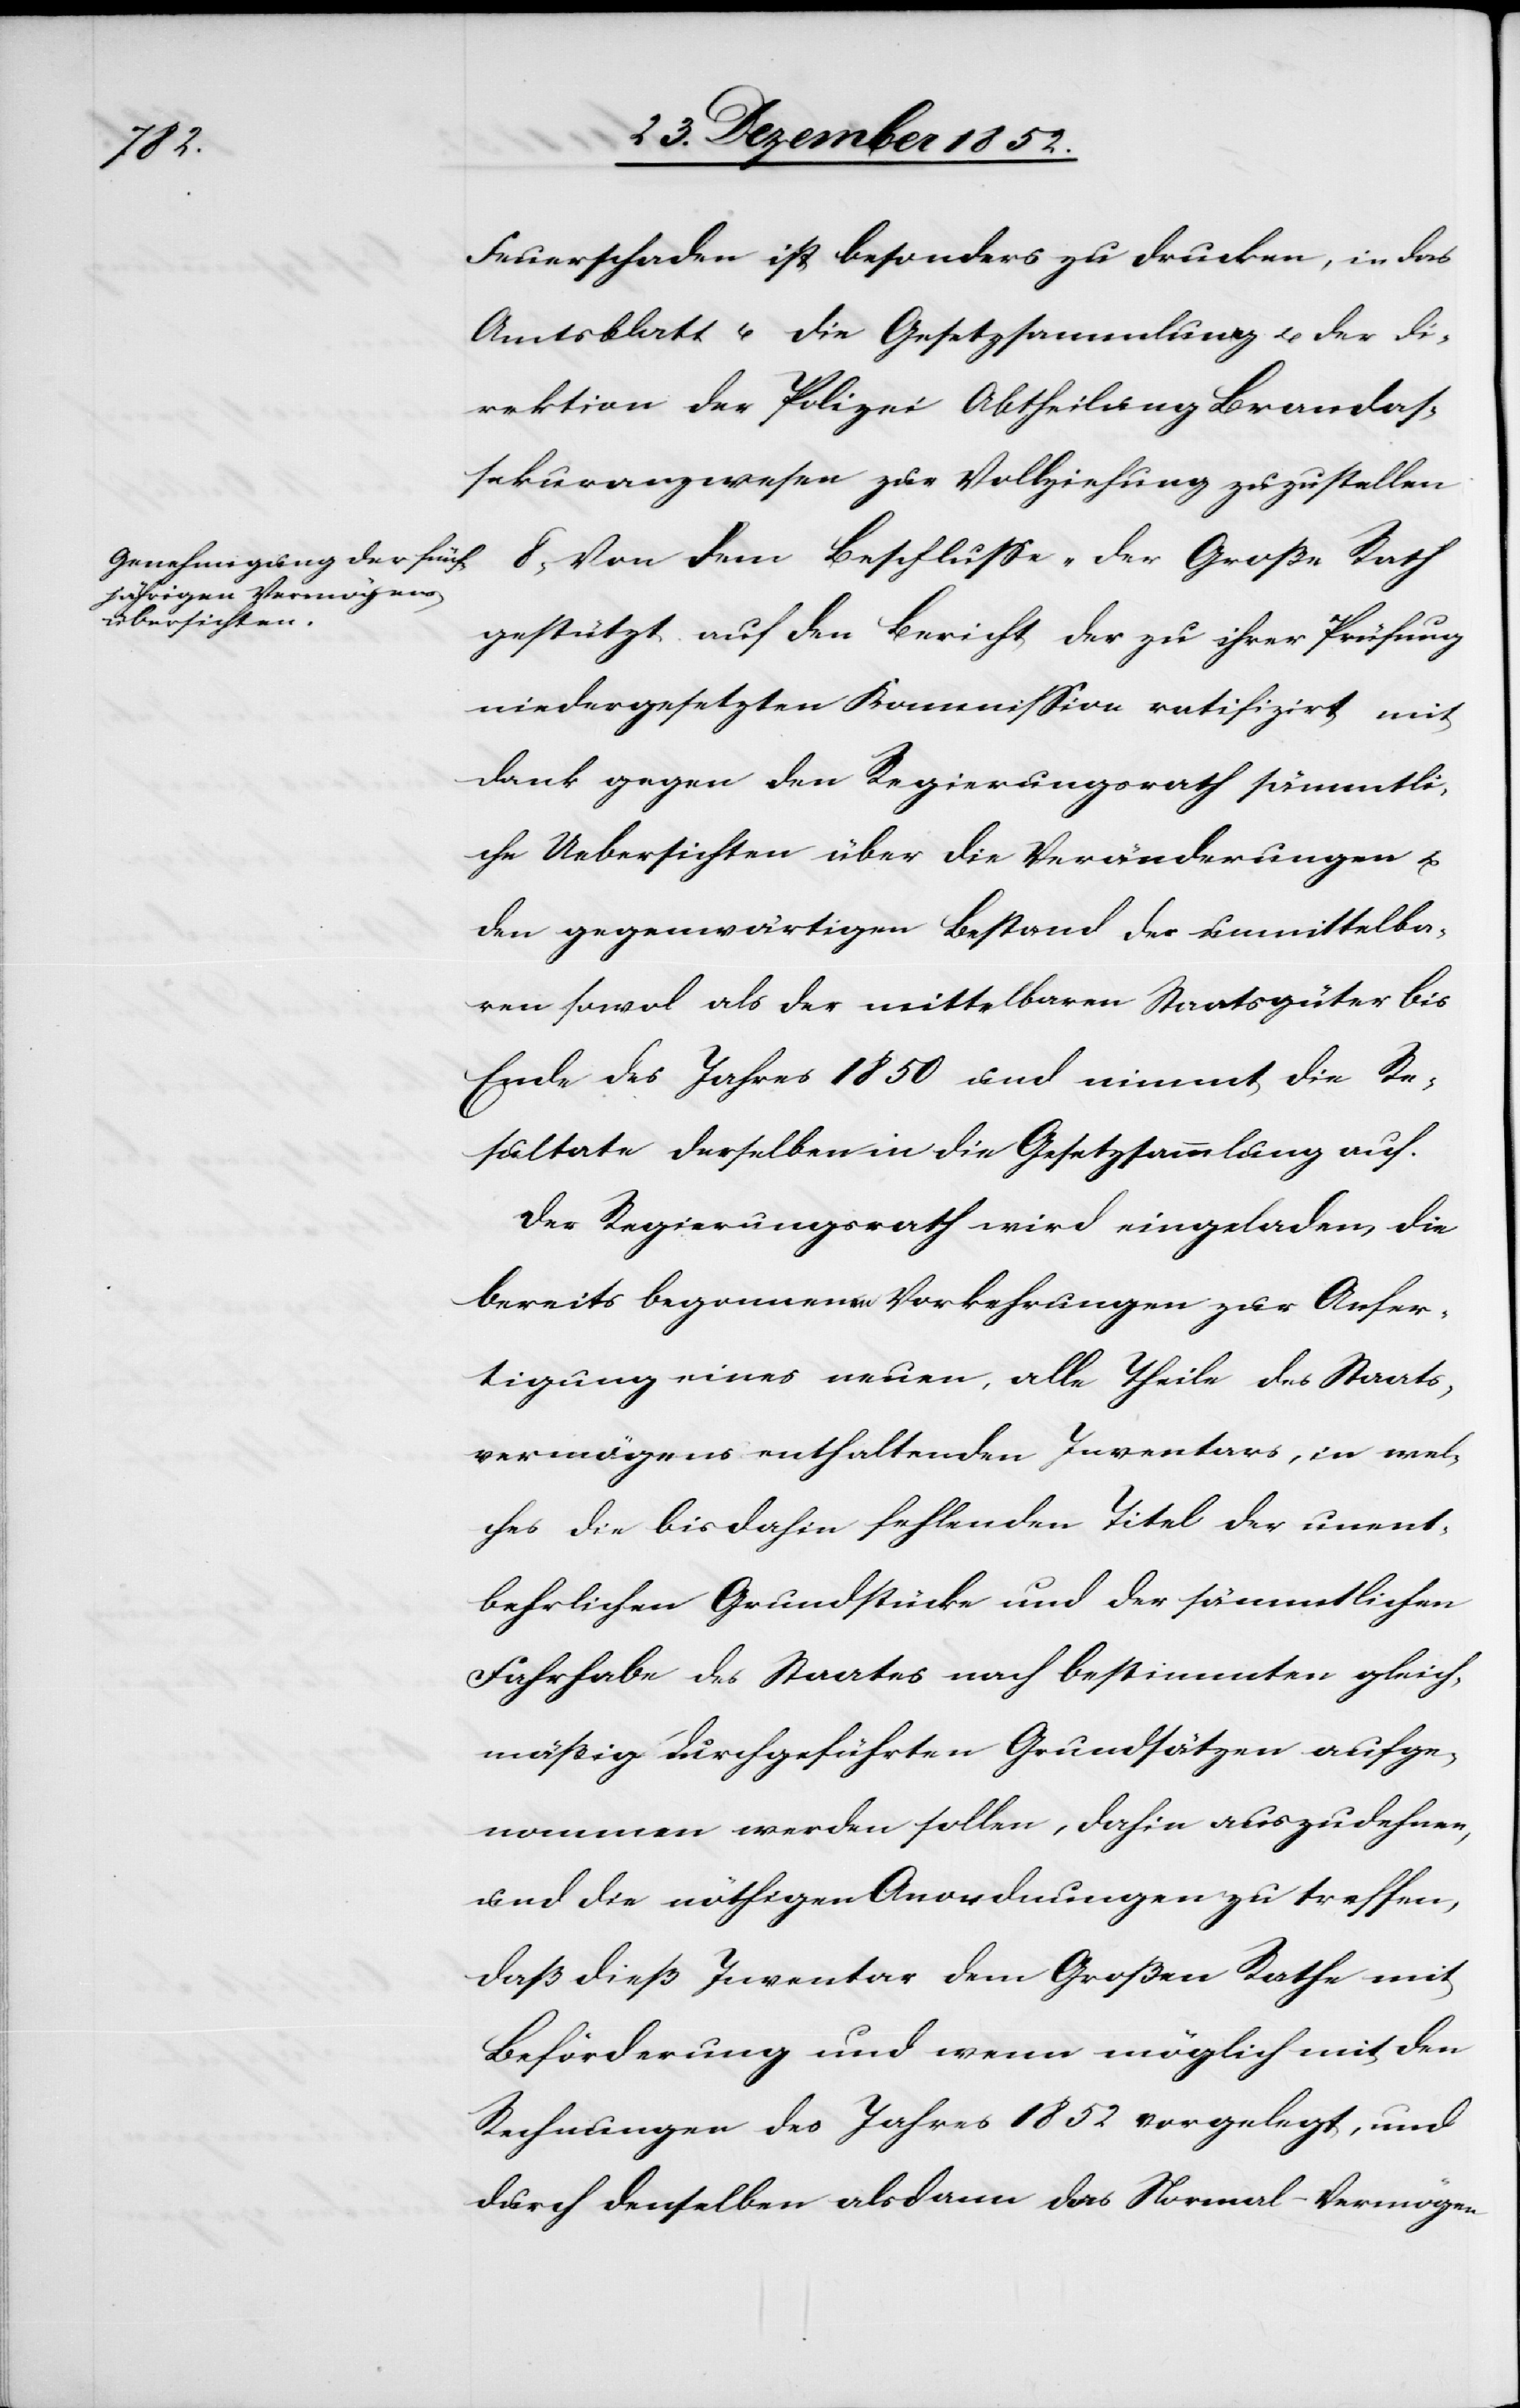
Feuerschaden ist besonders zu drucken, in das
Amtsblatt u. die Gesetzsammlung [aufzunehmen] u.
Direktion der Polizei Abtheilung Brandas¬
sekuranzwesen zur Vollziehung zuzustellen.
8, Von dem Beschlusse „Der Große Rath
gestützt auf den Bericht der zu ihrer Prüfung
niedergesetzten Kommission ratifizirt mit
Dank gegen den Regierungsrath sämmtli¬
che Uebersichten über die Veränderungen u.
den gegenwärtigen Bestand der unmittelba¬
ren sowol als der mittelbaren Staatsgüter bis
Ende des Jahres 1850 und nimmt die Re¬
sultate derselben in die Gesetzsammlung auf.
Der Regierungsrath wird eingeladen, die
bereits begonnenen Vorkehrungen zur Anfer¬
tigung eines neuen, alle Theile des Staats¬
vermögens enthaltenden Inventars, in wel¬
ches die bisdahin fehlenden Titel der unent¬
behrlichen Grundstücke und der sämmtlichen
Fahrhabe des Staates nach bestimmten gleich¬
mäßig durchgeführten Grundsätzen aufge¬
nommen werden sollen, dahin auszudehnen,
und die nöthigen Anordnungen zu treffen,
daß dieß Inventar dem Großen Rathe mit
Beförderung und wenn möglich mit den
Rechnungen des Jahres 1852 vorgelegt, und
durch denselben alsdann das Normal-Vermögen